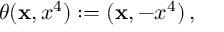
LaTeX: \theta ( { \bf x } , x ^ { 4 } ) : = ( { \bf x } , - x ^ { 4 } ) \, ,